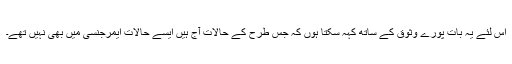
اس لئے یہ بات پورے وثوق کے ساتھ کہہ سکتا ہوں کہ جس طرح کے حالات آج ہیں ایسے حالات ایمرجنسی میں بھی نہیں تھے۔